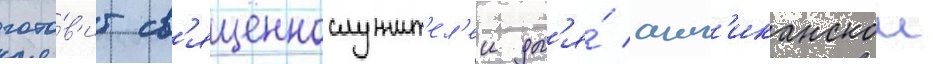
гото́в'ит св'ященнослужит'ел'еи дл'я́ англ'иканскои